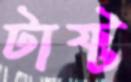
টাফ্ট